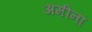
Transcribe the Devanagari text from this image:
अमीनां